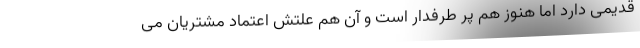
قدیمی دارد اما هنوز هم پر طرفدار است و آن هم علتش اعتماد مشتریان می